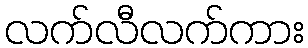
လက်လီလက်ကား